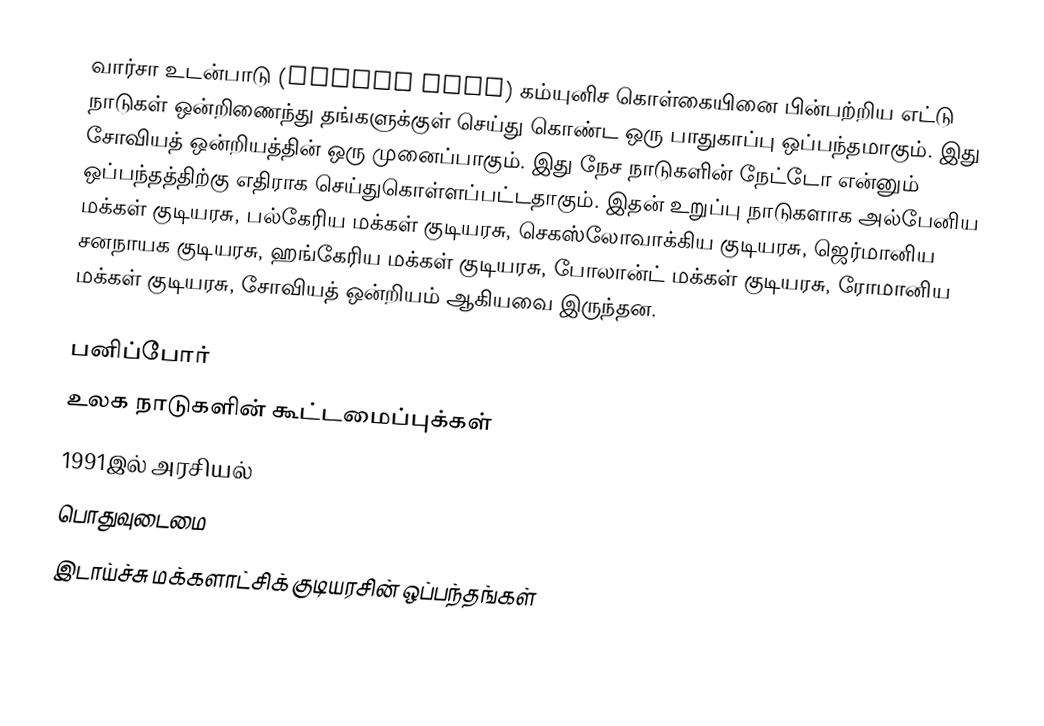
வார்சா உடன்பாடு (Warsaw pact) கம்யுனிச கொள்கையினை பின்பற்றிய எட்டு நாடுகள் ஒன்றிணைந்து தங்களுக்குள் செய்து கொண்ட ஒரு பாதுகாப்பு ஒப்பந்தமாகும். இது சோவியத் ஒன்றியத்தின் ஒரு முனைப்பாகும். இது நேச நாடுகளின் நேட்டோ என்னும் ஒப்பந்தத்திற்கு எதிராக செய்துகொள்ளப்பட்டதாகும். இதன் உறுப்பு நாடுகளாக அல்பேனிய மக்கள் குடியரசு, பல்கேரிய மக்கள் குடியரசு, செகஸ்லோவாக்கிய குடியரசு, ஜெர்மானிய சனநாயக குடியரசு, ஹங்கேரிய மக்கள் குடியரசு, போலான்ட் மக்கள் குடியரசு, ரோமானிய மக்கள் குடியரசு, சோவியத் ஒன்றியம் ஆகியவை இருந்தன.

பனிப்போர்
உலக நாடுகளின் கூட்டமைப்புக்கள்
1991இல் அரசியல்
பொதுவுடைமை
இடாய்ச்சு மக்களாட்சிக் குடியரசின் ஒப்பந்தங்கள்